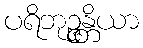
ပရိဘုဉ္ဇန္တိယာ